Vao_vallavalitsus, lk 11
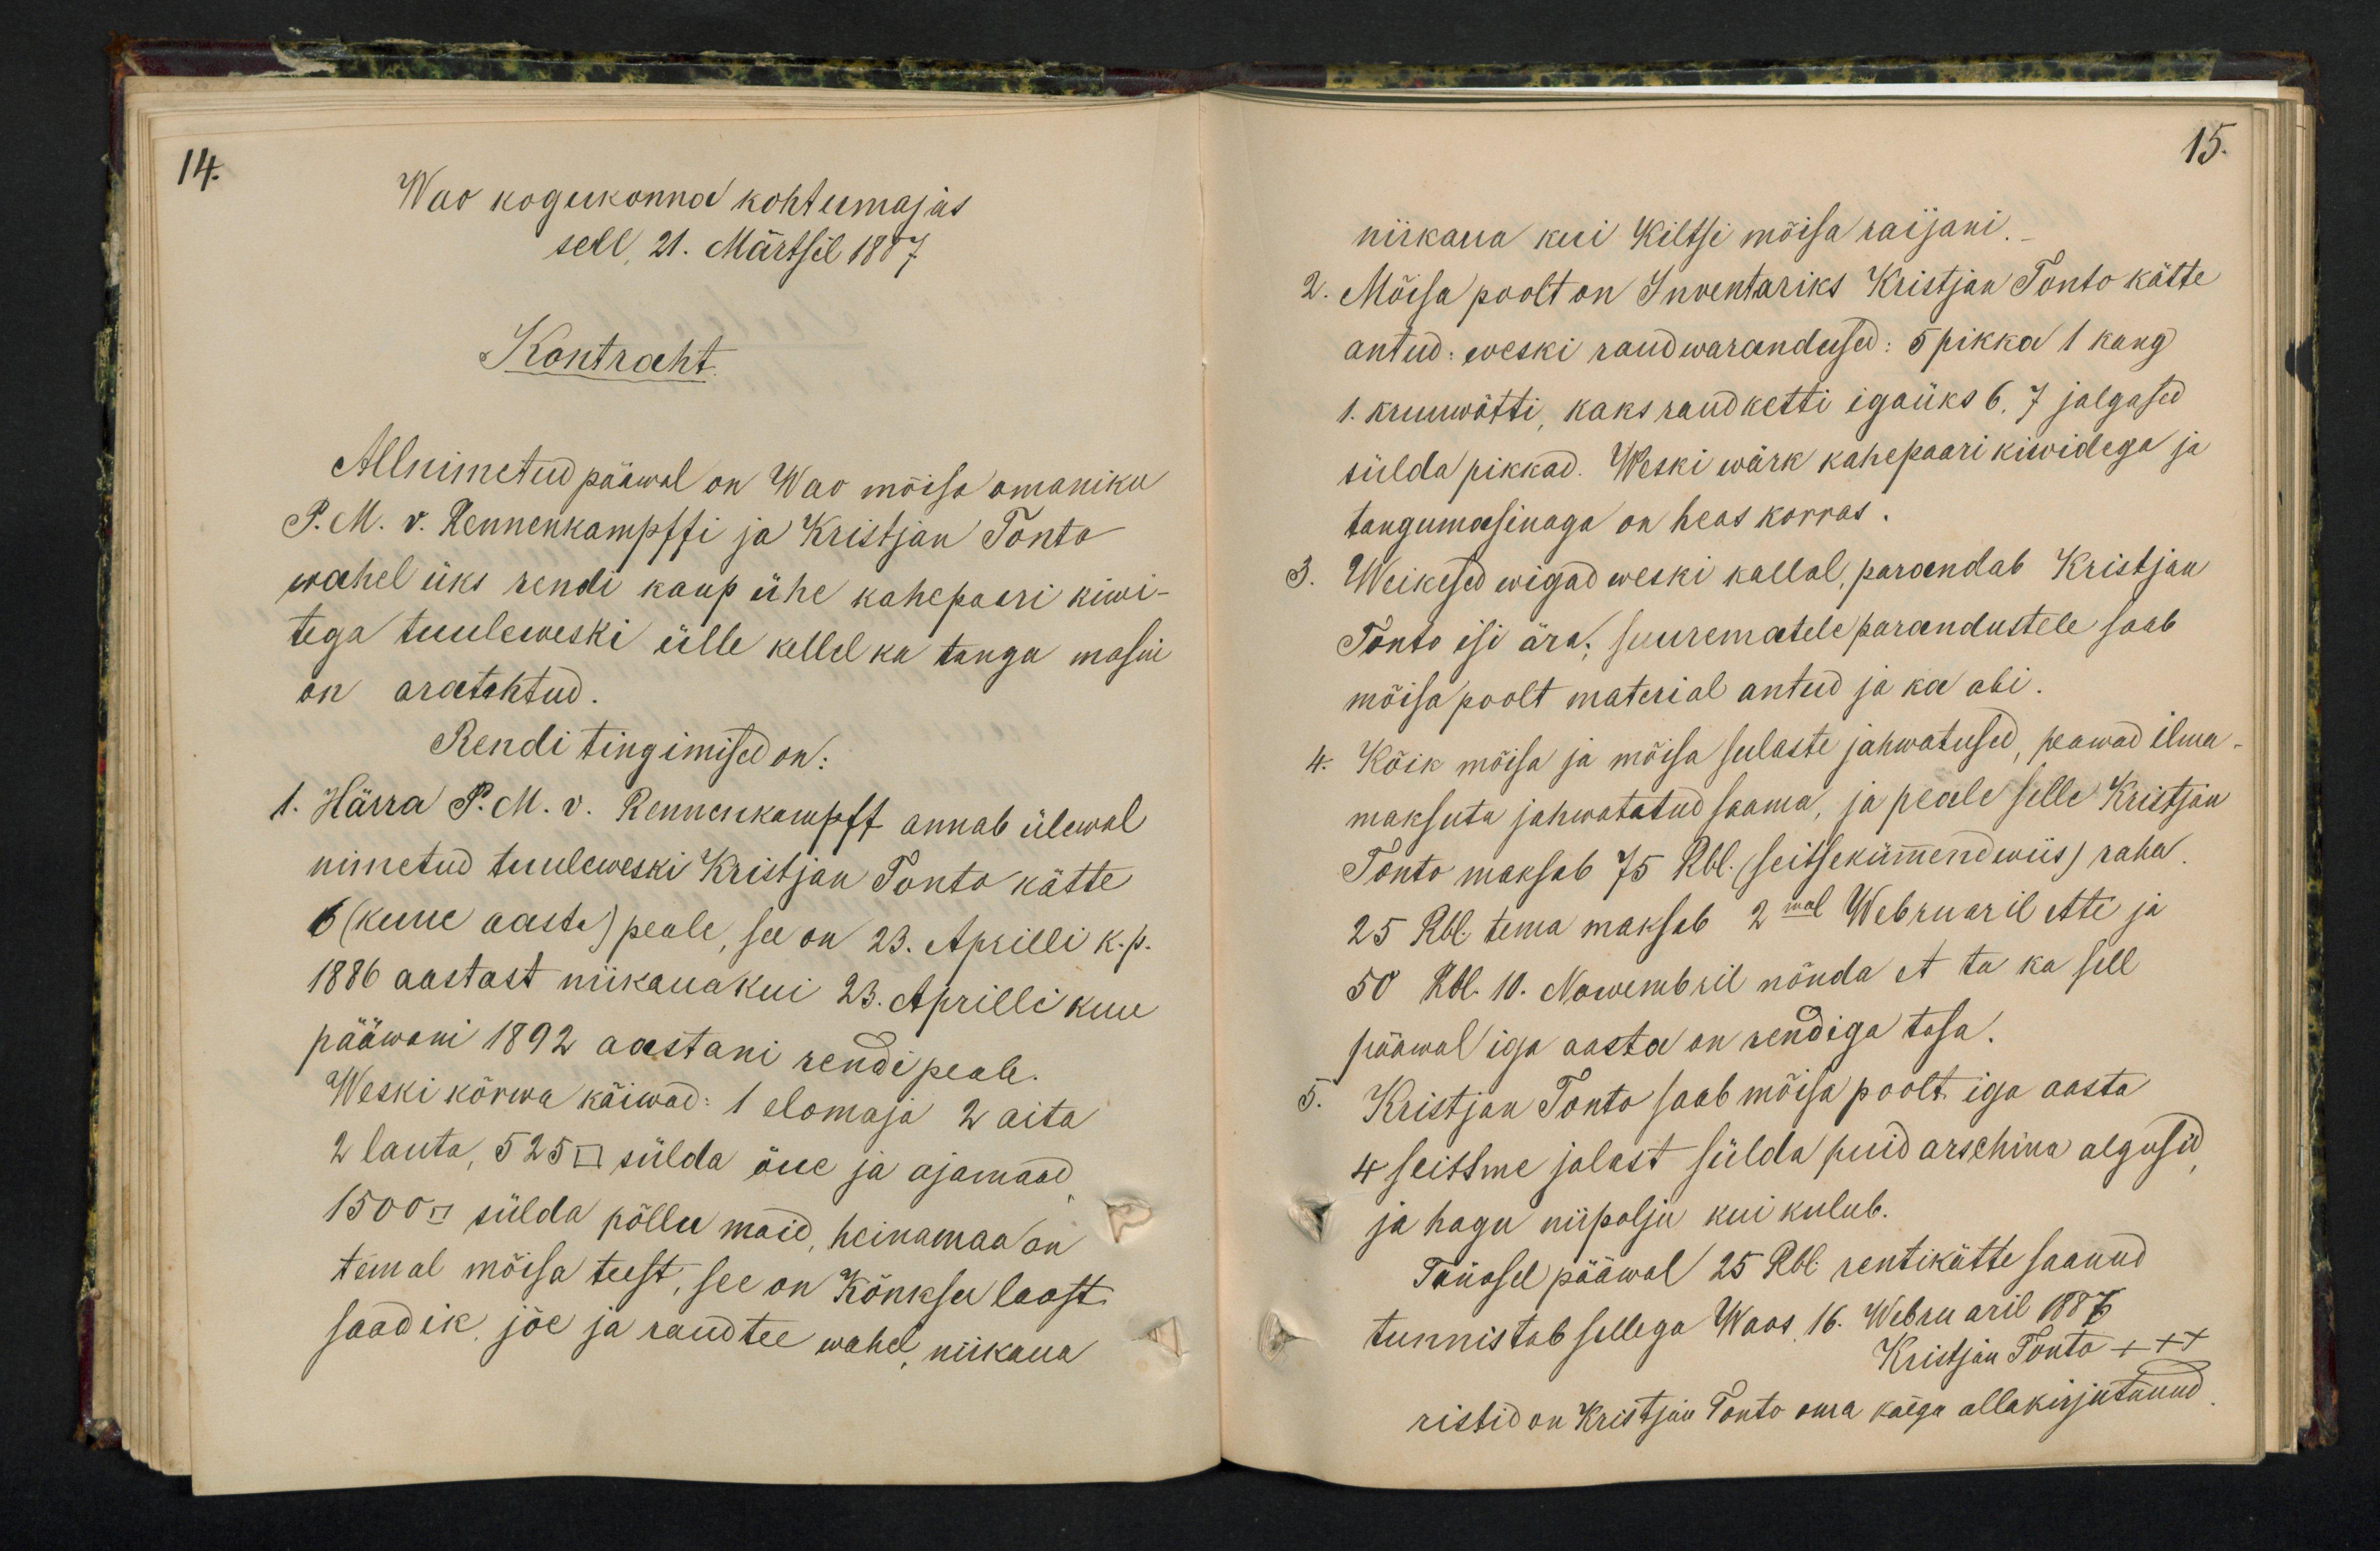
14.
Wao kogukonna kohtumajas
sell 21. Märtsil 1887
Kontraht
Allnimetud pääwal on Wao mõisa omaniku
P. M. v. Rennenkampffi ja Kristjan Tonto
wahel üks rendi kaup ühe kahepaari kiwi-
tega tuuleweski ülle kellel ka tangu masin
on äratehtud.
Rendi tingimised on:
1. Härra P. M. v. Rennenkampff annab ülewal
nimetud tuuleweski Kristjan Tonto kätte
6 (kuue aasta) peale, see on 23. Aprilli k.p.
1886 aastast niikauakui 23. Aprilli kuu
pääwani 1892 aastani rendi peale.
Weski kõrwa käiwad: 1 elomaja 2 aita
2 lauta, 525 □ sülda õue ja ajamaad
1500 □ sülda põllu maid, heinamaa on
temal mõisa teest, see on Kõnksu laost
saadik jõe ja raudtee wahel niikaua

15.
niikaua kui Kiltsi mõisa raijani.
2. Mõisa poolt on Inventariks Kristjan Tonto kätte
antud: weski raudwarandused: 5 pikka 1 kang
1. kruuwõtti, kaks raud ketti igaüks 6. 7 jalgased
sülda pikkad. Weski wärk kahepaari kiwidega ja
tangumasinaga on heas korras.
3. Weikesed wigad weski kallal parandab Kristjan
Tonto isi ära, suurematele parandustele saab
mõisa poolt material antud ja ka abi:
4. Kõik mõisa ja mþisa sulaste jahwatused, peawad ilma-
maksuta jahwatatud saama, ja peale selle Kristjan
Tonto maksab 75 Rbl. (seitsekümmend wiis) raha
25 Rbl tema maksab 2mal Webruaril ette ja
50 Rbl. 10. Nowembril nõnda et ta ka sell
pääwal iga aasta on rendiga tasa.
Kristjan Tonto saab mõisa poolt iga aasta
4 seitsme jalast sülda puid arschina algusid
ja hagu niipalju kui kulub.
Tänasel pääwal 25 Rbl rentikätte saanud
tunnistab sellega Waos 16. Webruaril 1887.
Kristjan Tonto +++
ristid on Kristjõu Tonto oma käega allakirjutanud